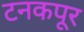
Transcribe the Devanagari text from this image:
टनकपूर